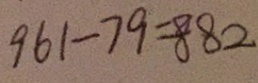
9 6 1 - 7 9 = 8 8 2